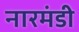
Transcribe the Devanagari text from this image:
नारमंडी